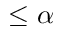
\leq \alpha